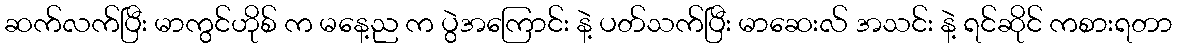
ဆက်လက်ပြီး မာကွင်ဟိုစ် က မနေ့ည က ပွဲအကြောင်း နဲ့ ပတ်သက်ပြီး မာဆေးလ် အသင်း နဲ့ ရင်ဆိုင် ကစားရတာ